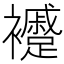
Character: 䙯